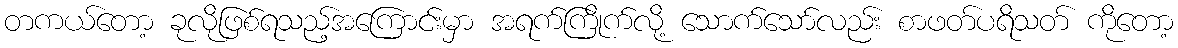
တကယ်တော့ ခုလိုဖြစ်ရသည့်အကြောင်းမှာ အရက်ကြိုက်လို့ သောက်သော်လည်း စာဖတ်ပရိသတ် ကိုတော့